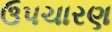
ઉપચારણ